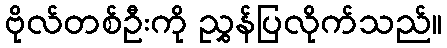
ဗိုလ်တစ်ဦးကို ညွှန်ပြလိုက်သည်။